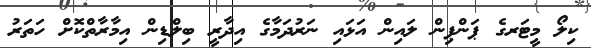
ކިލޯ މީޓަރގެ ޕަންޕިން ލައިން އަޅައި ނަރުދަމާގެ އިދާރީ ބިލްޑިން އިމާރާތްކޮށް ހަތަރު